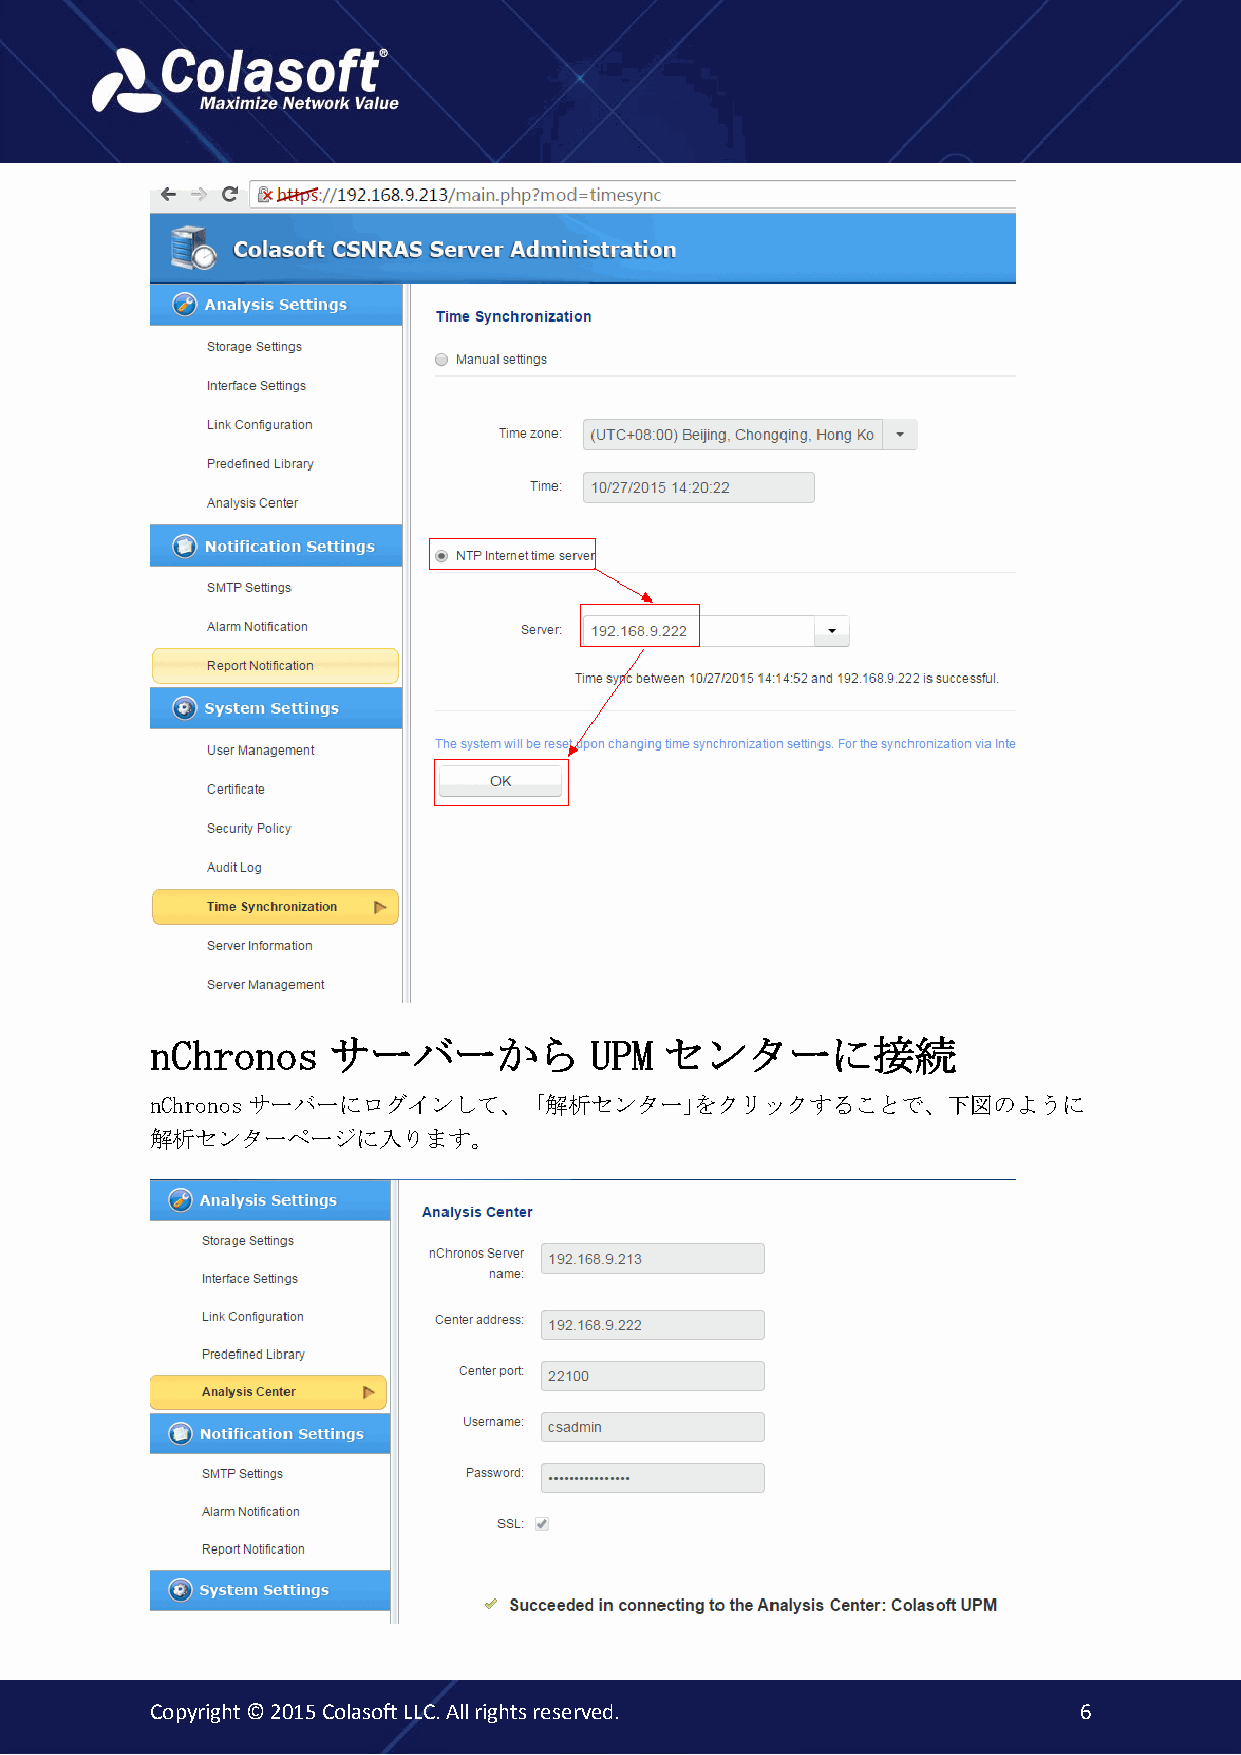
nChronos    サーバーから           UPM  センターに接続
 nChronosサーバーにログインして、「解析センター｣をクリックすることで、下図のように
 解析センターページに入ります。
 Copyright © 2015 Colasoft LLC. All rights reserved.          6